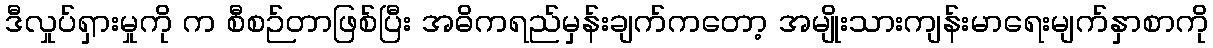
ဒီလှုပ်ရှားမှုကို က စီစဉ်တာဖြစ်ပြီး အဓိကရည်မှန်းချက်ကတော့ အမျိုးသားကျန်းမာရေးမျက်နှာစာကို